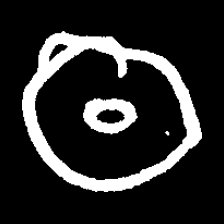
Pyu character \u2014 Myanmar letter: ထ (romanized: tha)